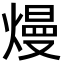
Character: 熳